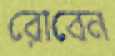
রোবেন